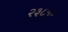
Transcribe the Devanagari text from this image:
२३८५८